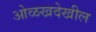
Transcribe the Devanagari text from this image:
ओळखदेखील